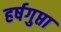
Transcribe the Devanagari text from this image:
हर्षगुप्ता